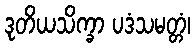
ဒုတိယသိက္ခာ ပဒံသမတ္တံ၊